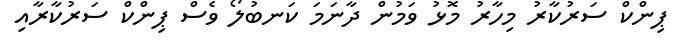
ޕިންކް ސަރުކާރު މިހާރު މޮޅު ވަމުން ދާނަމަ ކަނބުލޯ ވެސް ޕިންކް ސަރުކާރާއި